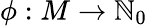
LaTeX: \phi:M\to\mathbb{N}_{0}